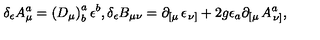
\delta _ { \epsilon } A _ { \mu } ^ { a } = \left( D _ { \mu } \right) _ { b } ^ { a } \epsilon ^ { b } , \delta _ { \epsilon } B _ { \mu \nu } = \partial _ { \left[ \mu \right. } \epsilon _ { \left. \nu \right] } + 2 g \epsilon _ { a } \partial _ { \left[ \mu \right. } A _ { \left. \nu \right] } ^ { a } ,